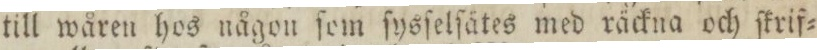
till wåren hos någon ſom ſysſelſätes med räckna och ſkrif=